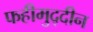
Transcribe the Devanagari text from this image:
फहीमुद्दीन